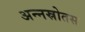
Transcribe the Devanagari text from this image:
अन्नस्रोतस